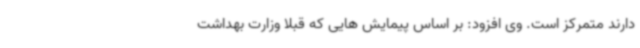
دارند متمرکز است. وی افزود: بر اساس پیمایش هایی که قبلا وزارت بهداشت